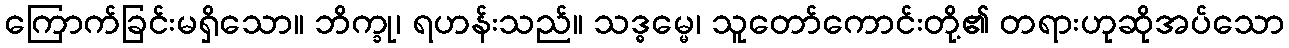
ကြောက်ခြင်းမရှိသော။ ဘိက္ခု၊ ရဟန်းသည်။ သဒ္ဓမ္မေ၊ သူတော်ကောင်းတို့၏ တရားဟုဆိုအပ်သော